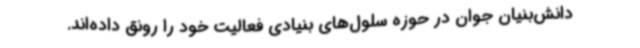
دانش‌بنیان جوان در حوزه سلول‌های بنیادی فعالیت خود را رونق داده‌اند.